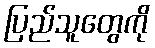
ပြည်သူတွေကို